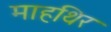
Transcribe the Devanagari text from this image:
माहथिर